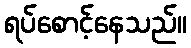
ရပ်စောင့်နေသည်။